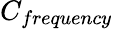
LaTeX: C_{frequency}